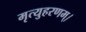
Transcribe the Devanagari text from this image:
मृत्युहरणम्‌।